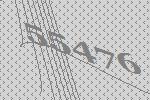
55476